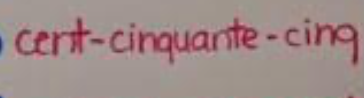
cent-cinquante-cinq